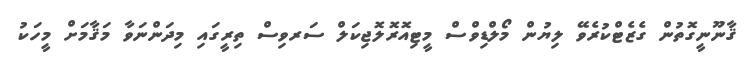
ޤާނޫނީގޮތުން ގެޒެޓްކުރެވޭ ލިޔުން މޯލްޑިވްސް މީޓިއޮރޮލޮޖިކަލް ސަރވިސް ތިރީގައި މިދަންނަވާ މަޤާމަށް މީހަކު